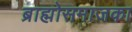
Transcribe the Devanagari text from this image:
ब्राह्मोसमाजका